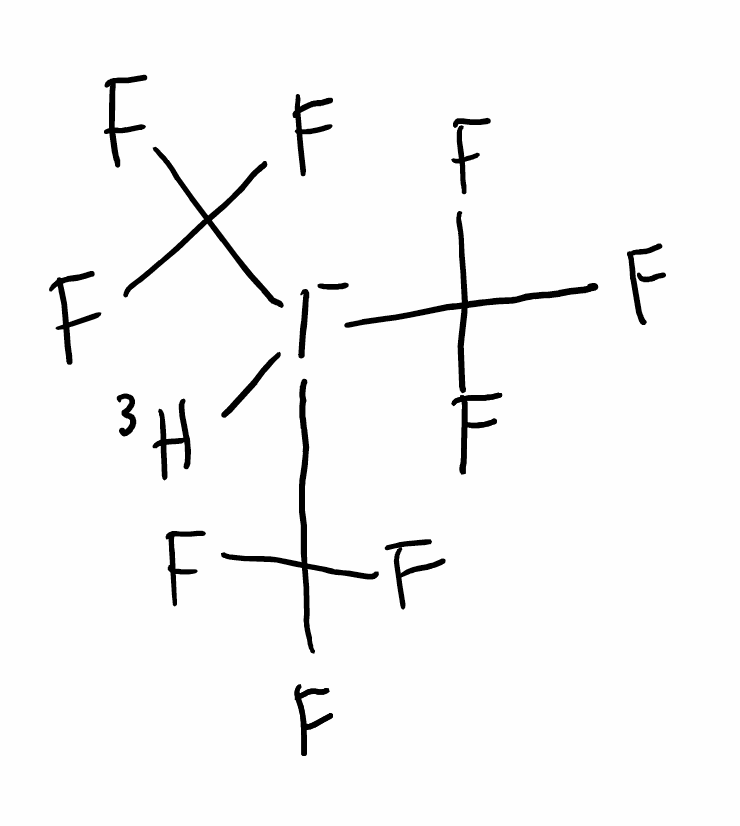
Simplified molecular-input line-entry system (SMILES) notation of the given molecule:
[3H][I-](C(F)(F)F)(C(F)(F)F)C(F)(F)F